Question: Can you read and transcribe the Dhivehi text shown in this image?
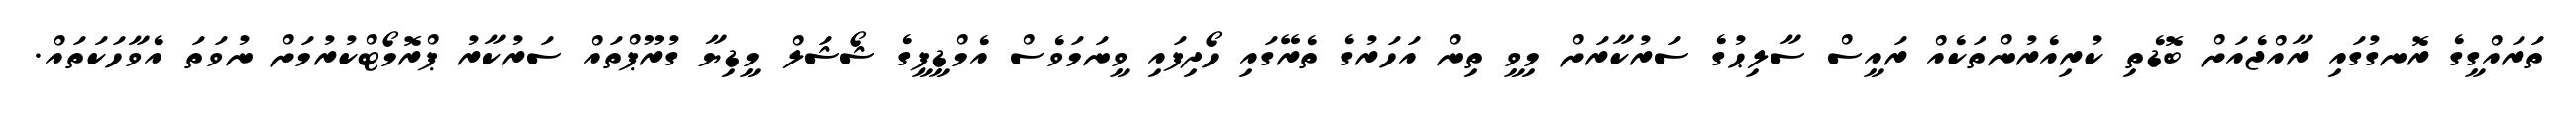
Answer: ތަރައްގީގެ ރޮނގުގައި ރާއްޖެއަށް ބޮޑެތި ކުރިއެރުންތަކެއް ރައީސް ސާލިޙުގެ ސަރުކާރަށް މިވީ ތިން އަހަރުގެ ތެރޭގައި ހޯދިފައި ވީނަމަވެސް އެމްޑީޕީގެ ޝޯޝަލް މީޑިޔާ ގުރޫޕްތައް ސަރުކާރު ޕްރޮމޯޓްކުރުމަށް ނުވަތަ އެވާހަކަތައް.